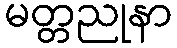
မတ္တညုနာ